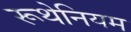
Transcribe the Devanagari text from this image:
रूथेनियम